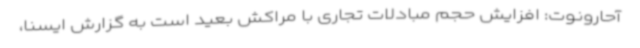
آحارونوت: افزایش حجم مبادلات تجاری با مراکش بعید است به گزارش ایسنا،